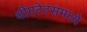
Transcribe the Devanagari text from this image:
थीएटेटसमध्ये